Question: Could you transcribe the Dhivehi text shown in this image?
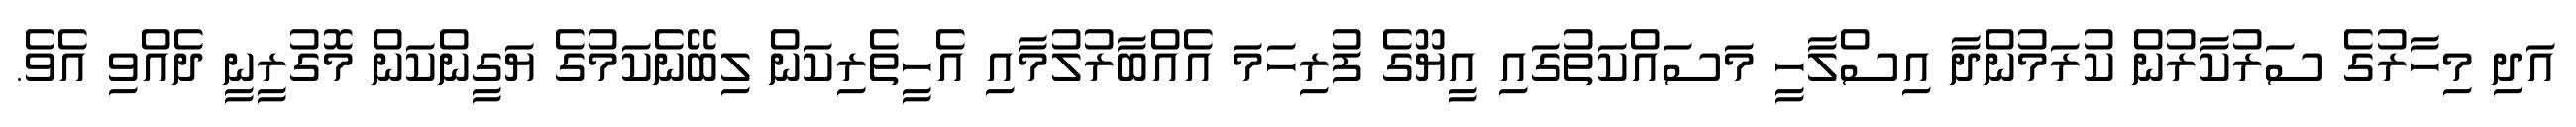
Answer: އަދި މިހާރުގެ ސަރުކާރުން ކުރަމުންދާ އިސްލާހީ މަސައްކަތުގައި އީޔޫގެ ފުރިހަމަ އެއްބާރުލުމާއި އެހީތެރިކަން ލިބޭނެކަމުގެ ޔަގީންކަން މޮގުރީނީ ދެއްވި އެވެ.